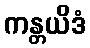
ကန္တယိဒံ